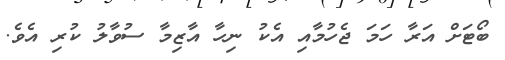
ބޯޓަށް އަރާ ހަމަ ޖެހުމާއި އެކު ނިހާ އާޒިމާ ސުވާލު ކުރި އެވެ.